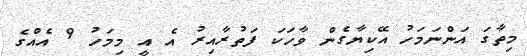
މިތާގަ އަންނަމަހު އޭކިޔާގެން ވާހަކަ ފަތުރާއިރު އެ އީ މިމަހު 9 އެއްގެ